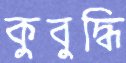
কুবুদ্ধি